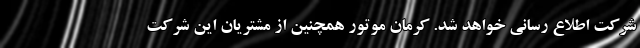
شرکت اطلاع رسانی خواهد شد. کرمان موتور همچنین از مشتریان این شرکت